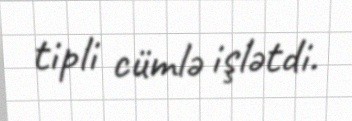
tipli cümlə işlətdi.